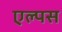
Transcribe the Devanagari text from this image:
एल्पस